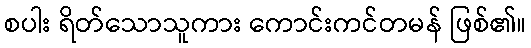
စပါး ရိတ်သောသူကား ကောင်းကင်တမန် ဖြစ်၏။